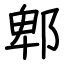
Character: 郫